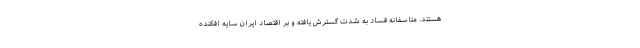
هستند. متاسفانه فساد به شدت گسترش یافته و بر اقتصاد ایران سایه افکنده